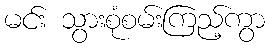
မင်း သွားစုံစမ်းကြည့်ကွာ